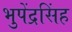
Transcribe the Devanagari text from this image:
भुपेंद्रसिंह